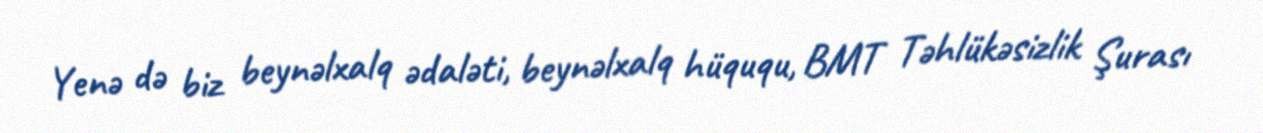
Yenə də biz beynəlxalq ədaləti, beynəlxalq hüququ, BMT Təhlükəsizlik Şurası